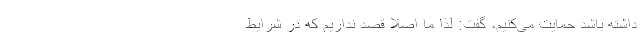
داشته باشد حمایت می‌کنیم، گفت: لذا ما اصلا قصد نداریم که در شرایط